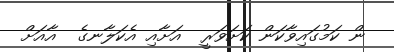
ން ކަމުގައިވާކަން ކަށަވަރީ  އަށާއި އެކަލާނގެ  އާއަށް